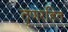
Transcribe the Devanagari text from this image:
तृणरहित